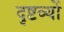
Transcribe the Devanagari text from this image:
दृष्टव्यों